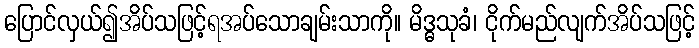
ပြောင်လှယ်၍အိပ်သဖြင့်ရအပ်သောချမ်းသာကို။ မိဒ္ဓသုခံ၊ ငိုက်မည်လျက်အိပ်သဖြင့်